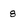
Character: 8